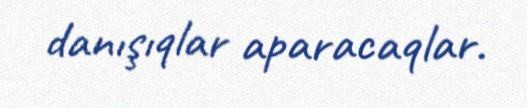
danışıqlar aparacaqlar.